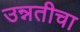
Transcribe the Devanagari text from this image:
उन्नतीचा